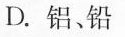
D.铝、铅